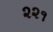
૨૨૧